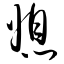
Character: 媳